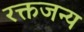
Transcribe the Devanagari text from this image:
रक्तजन्य